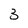
Character: 3